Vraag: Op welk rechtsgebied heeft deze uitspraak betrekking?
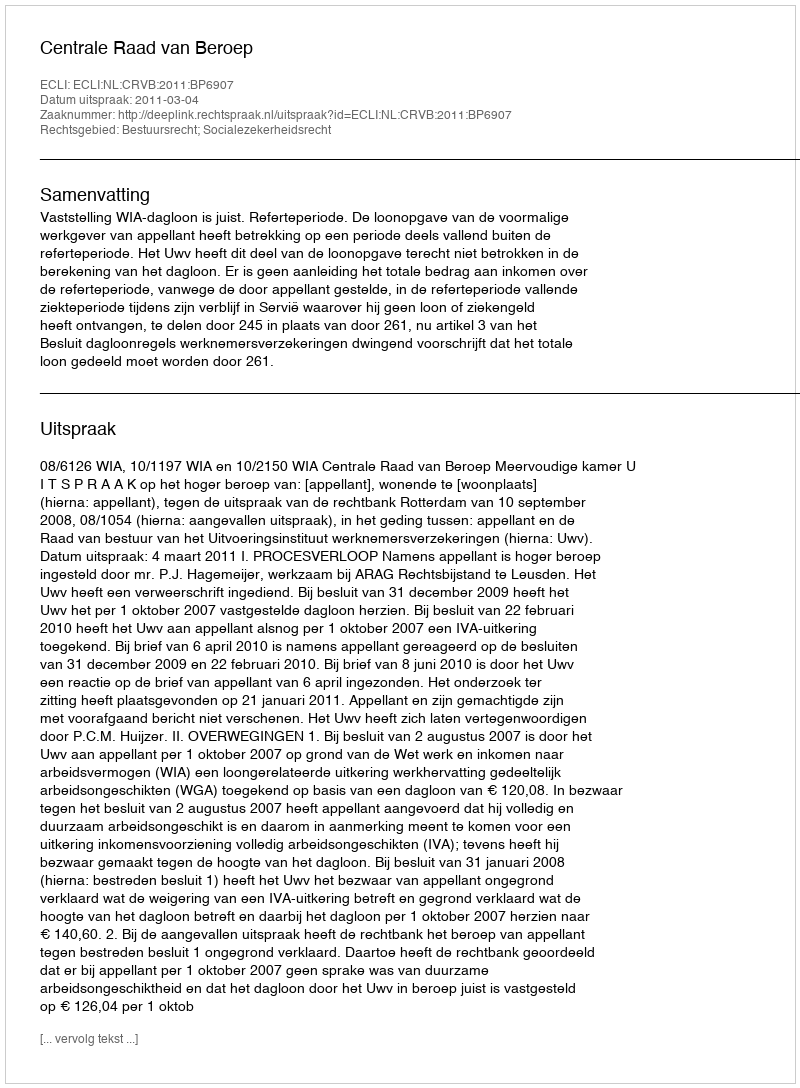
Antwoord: Bestuursrecht; Socialezekerheidsrecht